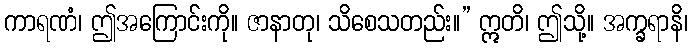
ကာရဏံ၊ ဤအကြောင်းကို။ ဇာနာတု၊ သိစေသတည်း။” ဣတိ၊ ဤသို့။ အက္ခရာနိ၊